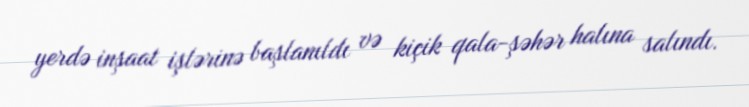
yerdə inşaat işlərinə başlanıldı və kiçik qala-şəhər halına salındı.